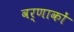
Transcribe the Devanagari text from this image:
वर्णाकों